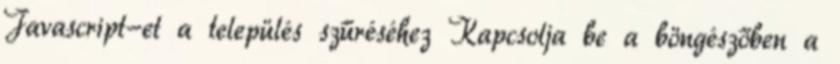
Javascript-et a település szűréséhez Kapcsolja be a böngészőben a